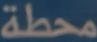
محطة